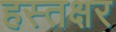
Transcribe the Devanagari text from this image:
हस्तक्षर